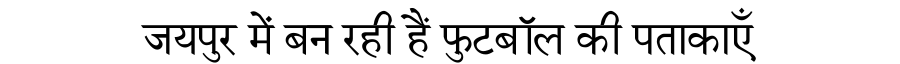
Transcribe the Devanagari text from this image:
जयपुर में बन रही हैं फुटबॉल की पताकाएँ